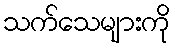
သက်သေများကို